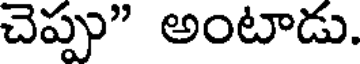
చెప్పు" అంటాడు.